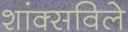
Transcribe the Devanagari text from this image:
शांक्सविले